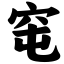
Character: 窀